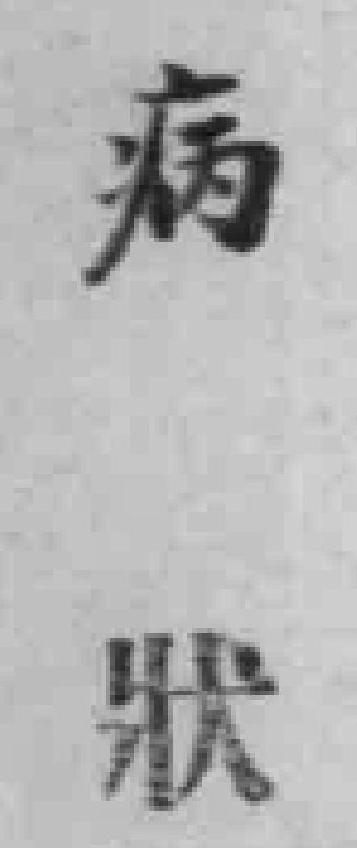
病狀